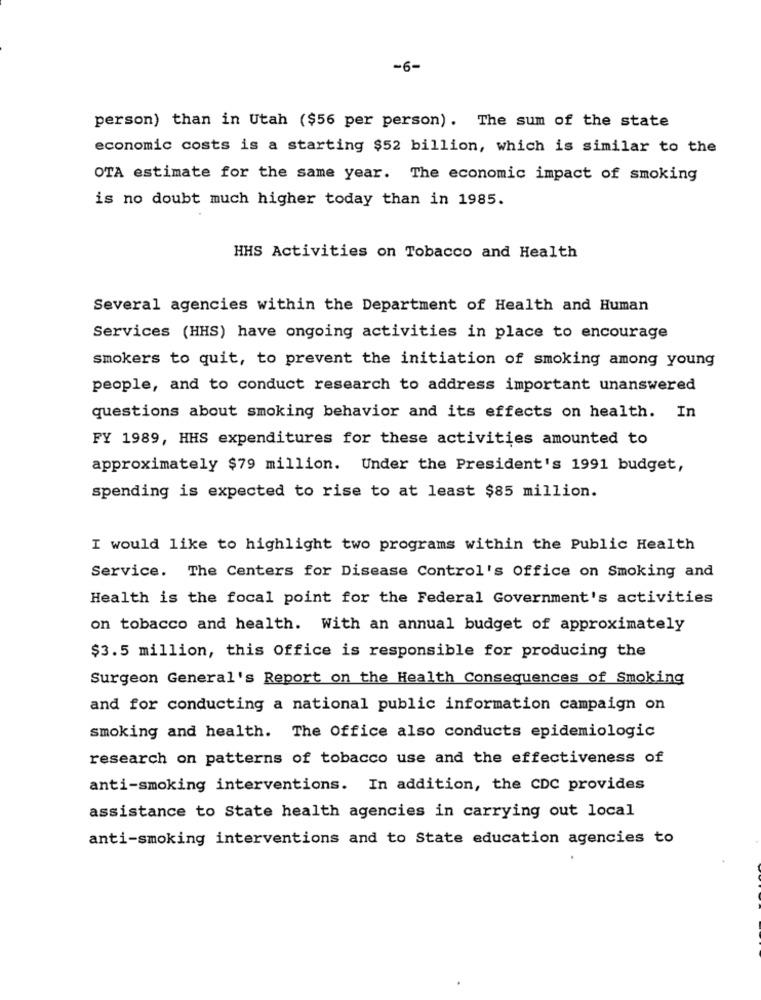
-6-
person) than in Utah ($56 per person). The sum of the state
economic costs is a starting $52 billion, which is similar to the
OTA estimate for the same year. The economic impact of smoking
is no doubt much higher today than in 1985.
HHS Activities on Tobacco and Health
Several agencies within the Department of Health and Human
Services (HHS) have ongoing activities in place to encourage
smokers to quit, to prevent the initiation of smoking among young
people, and to conduct research to address important unanswered
questions about smoking behavior and its effects on health. In
FY 1989, HHS expenditures for these activities amounted to
approximately $79 million. Under the President's 1991 budget,
spending is expected to rise to at least $85 million.
I would like to highlight two programs within the Public Health
Service. The Centers for Disease Control's Office on Smoking and
Health is the focal point for the Federal Government's activities
on tobacco and health. With an annual budget of approximately
$3.5 million, this Office is responsible for producing the
Surgeon General's Report on the Health Consequences of Smoking
and for conducting a national public information campaign on
smoking and health. The Office also conducts epidemiologic
research on patterns of tobacco use and the effectiveness of
anti-smoking interventions. In addition, the CDC provides
assistance to State health agencies in carrying out local
anti-smoking interventions and to State education agencies to